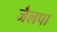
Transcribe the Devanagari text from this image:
जैलपा